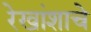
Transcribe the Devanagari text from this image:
रेखांशाचे